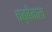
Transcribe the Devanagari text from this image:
चब्बेवाल